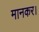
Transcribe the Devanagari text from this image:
मानकर।